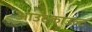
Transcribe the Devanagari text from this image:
आउटकाउल्ट